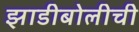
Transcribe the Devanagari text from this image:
झाडीबोलीची